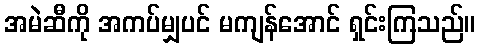
အမဲဆီကို အကပ်မျှပင် မကျန်အောင် ရှင်းကြသည်။